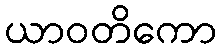
ယာဝတိကော